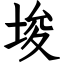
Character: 埈